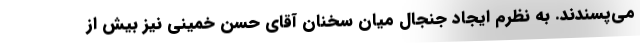
می‌پسندند. به نظرم ایجاد جنجال میان سخنان آقای حسن خمینی نیز بیش از